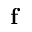
\textbf { f }